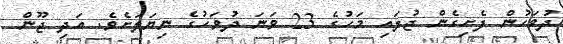
ދުވަހުން ފެށިގެން ޖުލައި މަހުގެ 23 ވަނަ ދުވަހުގެ ނިޔަލަށެވެ. އަދި ޖޫން